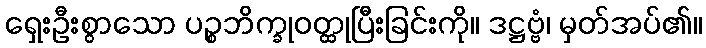
ရှေးဦးစွာသော ပဉ္စဘိက္ခုဝတ္ထုပြီးခြင်းကို။ ဒဋ္ဌဗ္ဗံ၊ မှတ်အပ်၏။